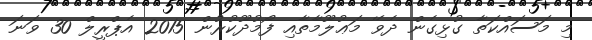
މި މަސައްކަތާ ގުޅިގެން ދެވޭ މަޢުލޫމާތާއި ފޯމުދޫކުރުން 2015 އެޕްރީލް 30 ވަނަ